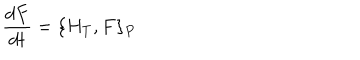
\displaystyle \frac { d F } { d t } = \{ H _ { T } , F \} _ { P }